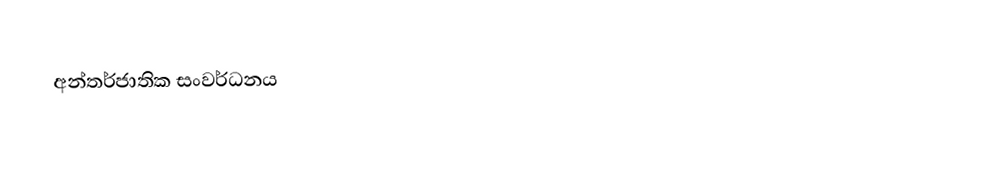
අන්තර්ජාතික සංවර්ධනය